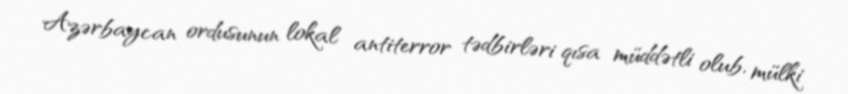
Azərbaycan ordusunun lokal antiterror tədbirləri qısa müddətli olub, mülki